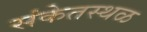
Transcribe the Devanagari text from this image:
संकेतस्‍थळ